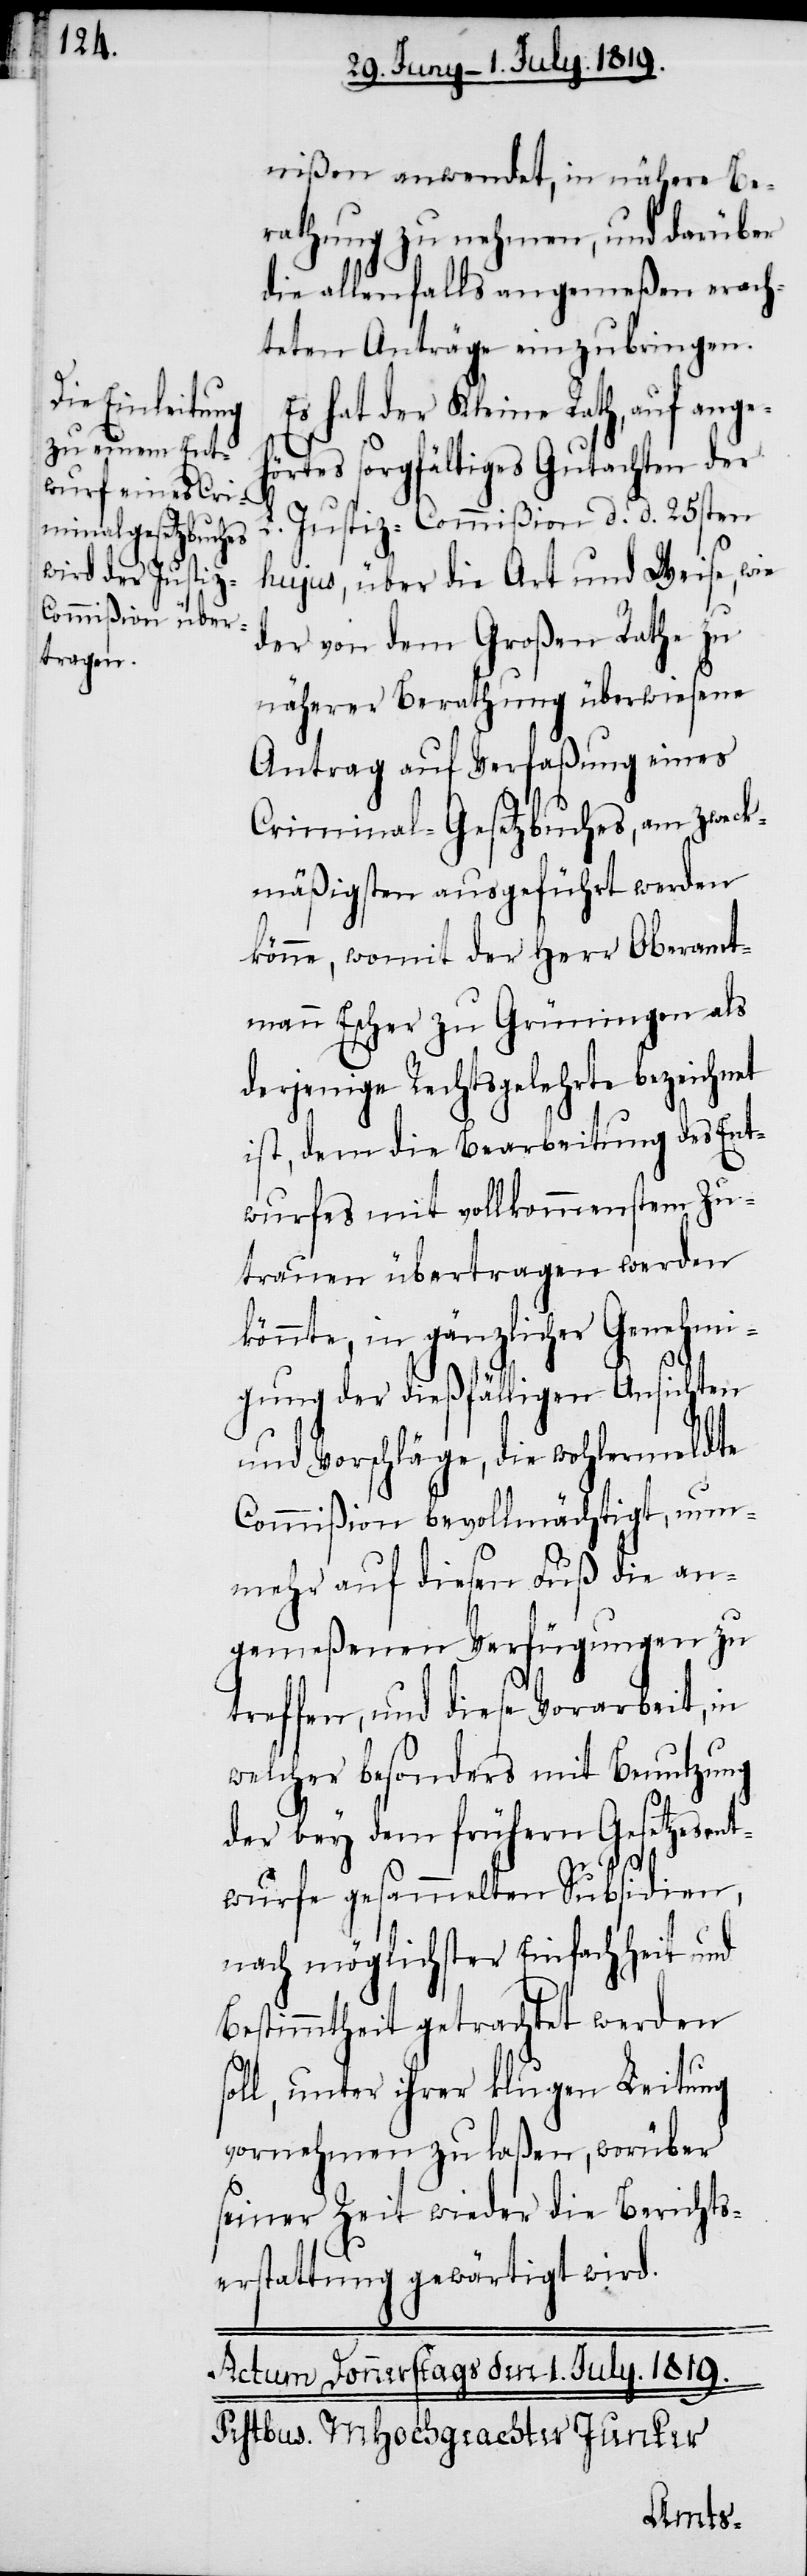
nißen anwendet, in nähere Be¬
rathung zu nehmen, und darüber
die allenfalls angemeßen erach¬
teten Anträge einzubringen.
Es hat der Kleine Rath, auf angeh¬
örtes sorgfältiges Gutachten der
Justiz-Commißion d. d. 25sten
s¬
hujus, über die Art und Weise, wie
der von dem Großen Rathe zu
näherer Berathung überwiesene
Antrag auf Verfaßung eines
Criminal-Gesetzbuches, am zweck¬
mäßigsten ausgeführt werden
könne, womit der Herr Oberamt¬
mann Escher zu Grüningen als
derjenige Rechtsgelehrte bezeichnet
ist, dem die Bearbeitung des Ent¬
wurfes mit vollkommenstem Zu¬
trauen übertragen werden
könnte, in gänzlicher Genehmi¬
gung der dießfälligen Ansichten
und Vorschläge, die wohlermeldte
Commißion bevollmächtigt, nun¬
mehr auf diesen Fuß die an¬
gemeßenen Verfügungen zu
treffen, und diese Vorarbeit, in
welcher besonders mit Benutzung
der bey dem frühern Gesetzesent¬
wurfe gesammelten Subsidien,
nach möglichster Einfachheit und
Bestimmtheit getrachtet werden
oll, unter ihrer klugen Leitung
vornehmen zu laßen, worüber
seiner Zeit wieder die Berichts¬
erstattung gewärtigt wird.